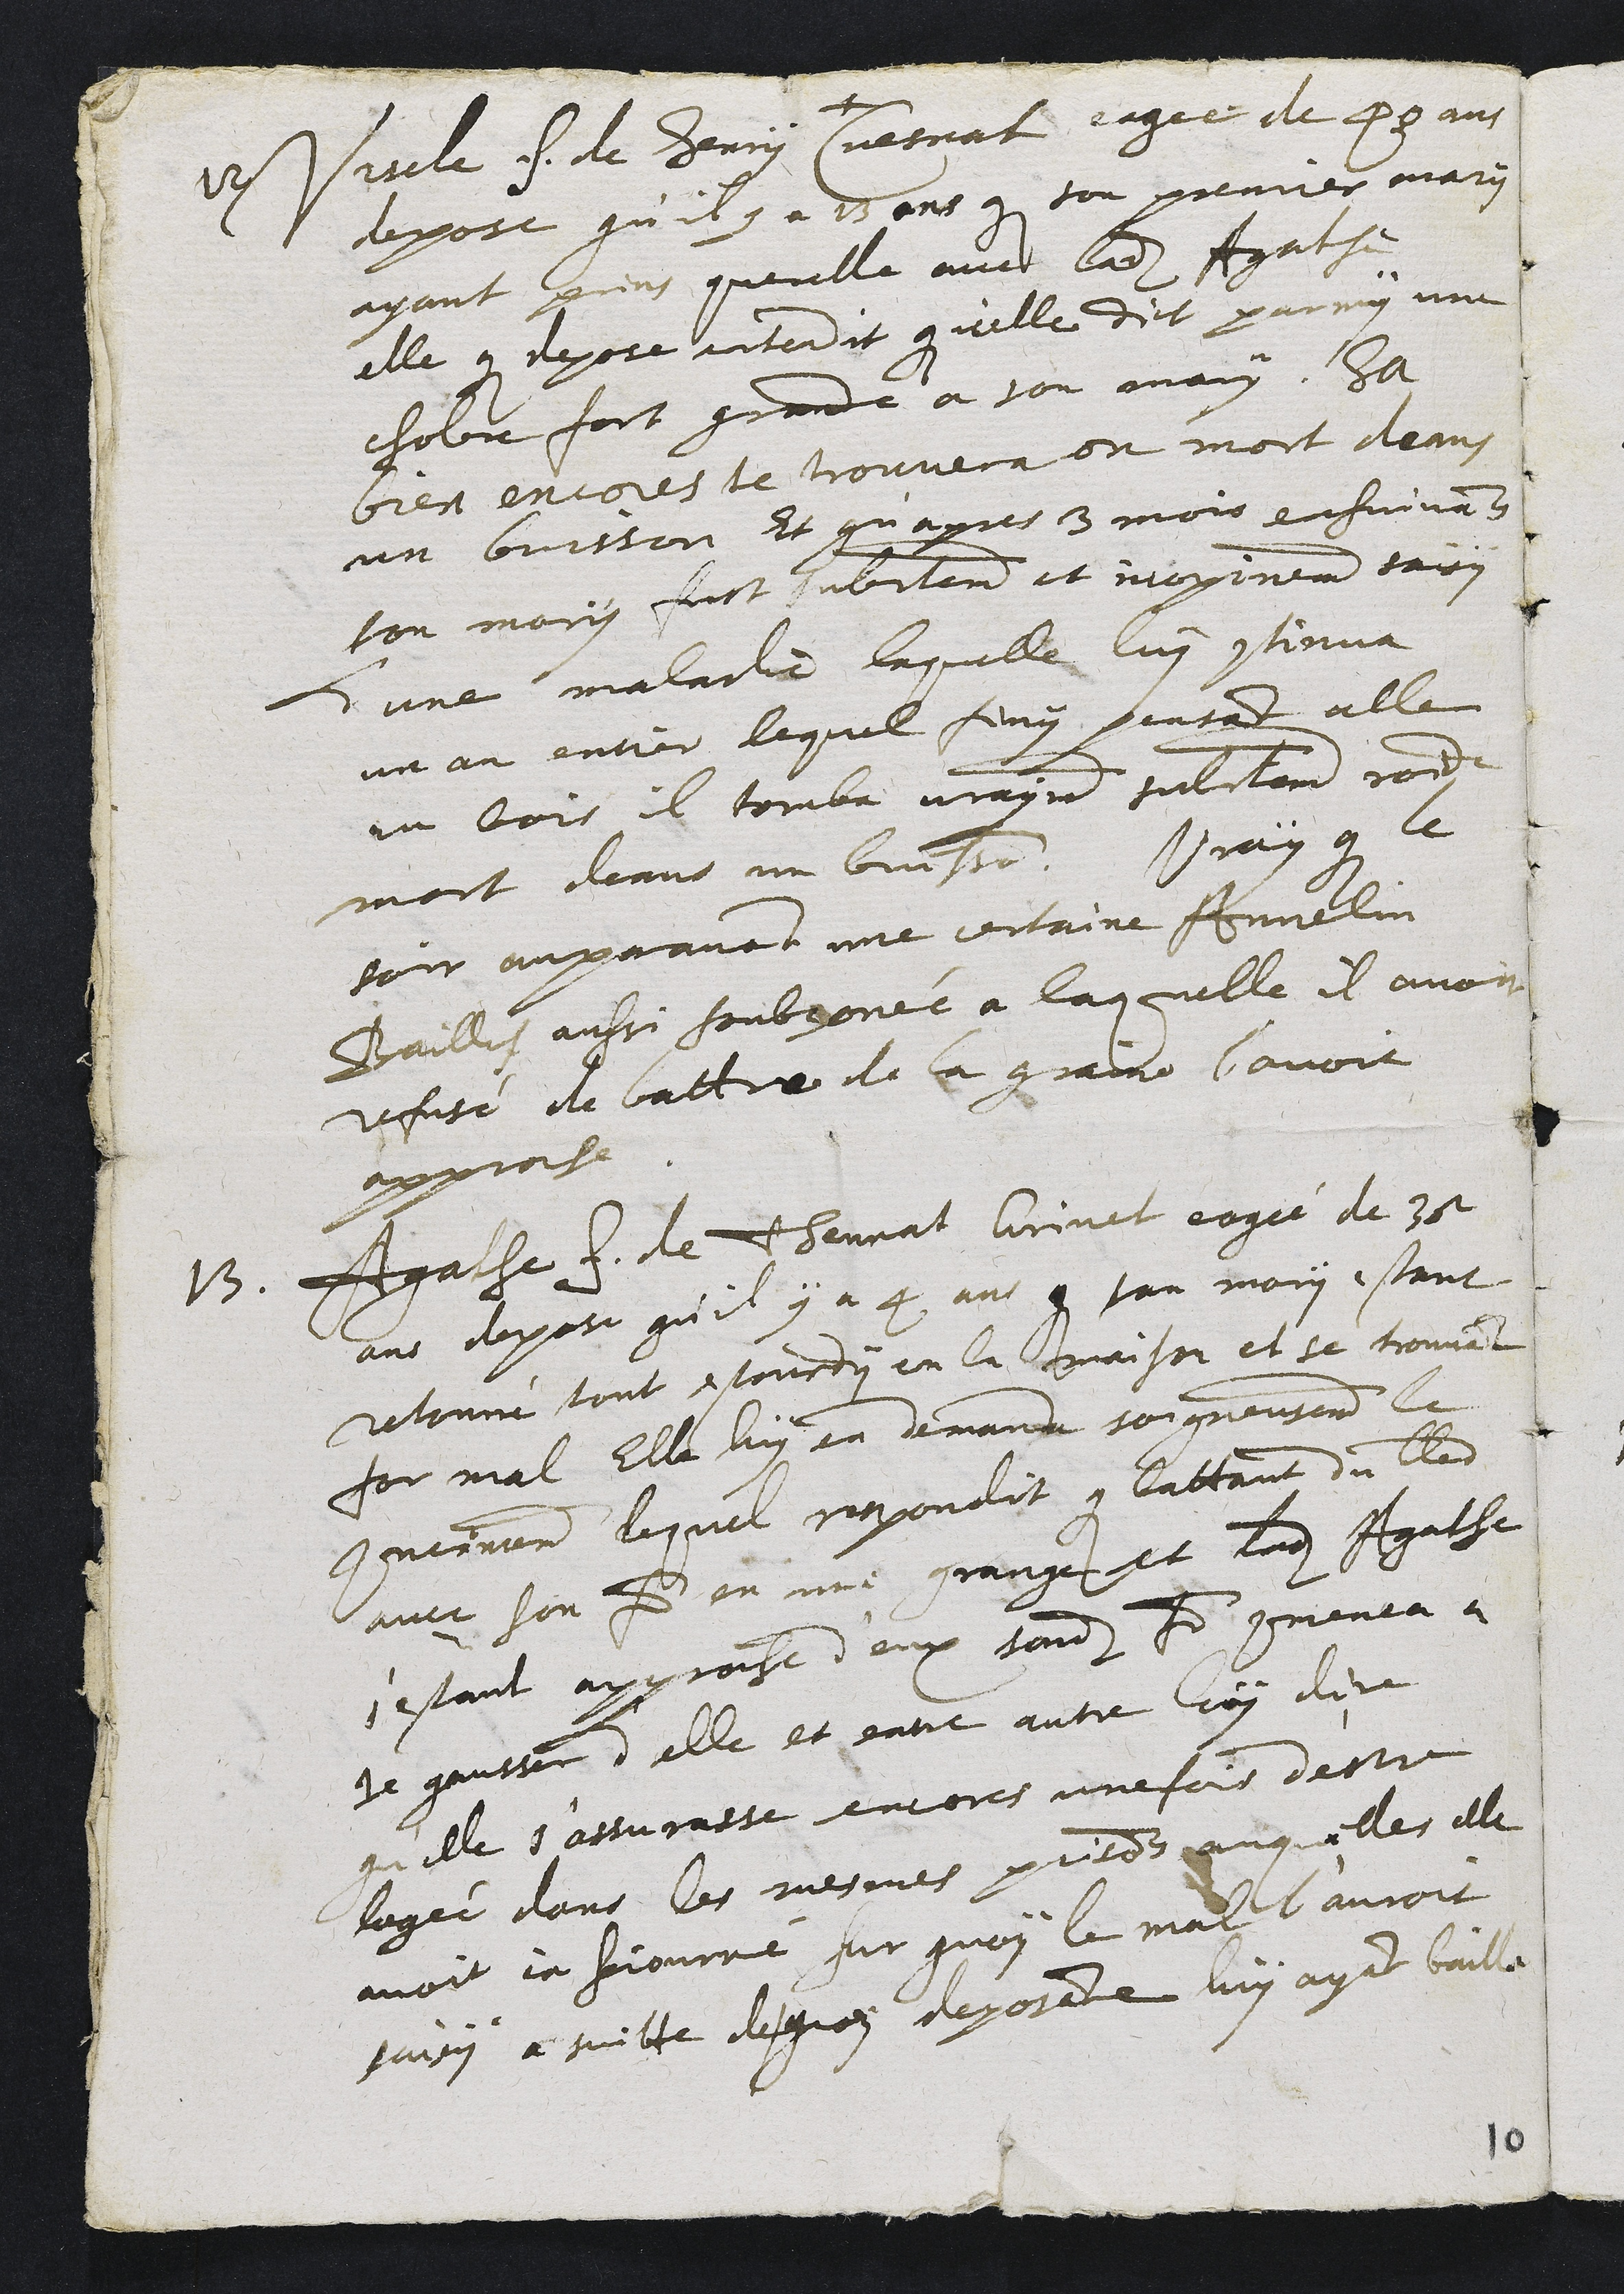
12 Ursule f. de Henry Cuesnat eagee de 40 ans
depose qu'il y a 13 ans que son premier mary
ayant prins querelle avec ladite Agathe
elle qui depose entendit que icelle dict parmy une
cholere fort grande a son mary Ha
bien encores te trouvera on mort deans
un buisson Et qu'apres 3 mois ensuivant
son mary fust subitement et inopinement saisy
d'une maladie laquelle luy continua
un an entier lequel finy pensant aller
au bois il tomba vrayment subitement roide
mort deans un buisson. Vray que le
soir auparavant une certaine Annelin
Baillif aussi soubçonée a laquelle il avoit
refusé de battre de la graine l'avoit
approche.
13. Agathe f. de Thennat Grivet eagée de 35
ans depose qu'il y a 4 ans que son mary estant
retourné tout estourdy en la maison et se trouvant
for mal Elle luy en demanda soigneusement le
commencement lequel respondit que battant du bled
avec son F en une grange et ladite Agathe
s'estant approche d'eux sondit F commenca a
se gausser d'elle et entre autre luy dire
qu'elle s'assurasse encores une fois d'estre
logée dans les mesmes prisons auquelles elle
avoit ja sejourné sur quoy le mal l'auroit
saisy a suitte de quoy deposante luy ayant baille